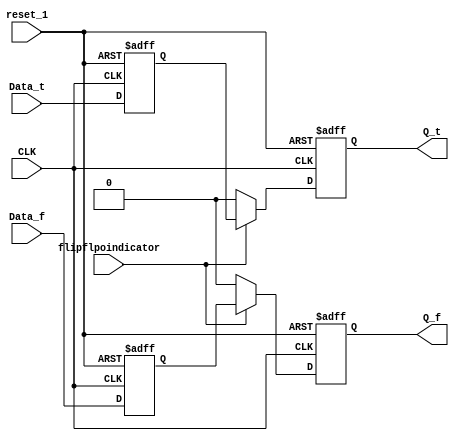
module DFFwithPreCharge(input CLK, input Data_t, input Data_f,input reset_1,input flipflpoindicator, 
output reg Q_t, output reg Q_f );

reg tmp1_t;
reg tmp1_f;
// level 1 DFF. sampling the data
always@(posedge CLK,posedge reset_1) begin
    if (reset_1==1'b1) begin
        tmp1_t<=1'b0;
        tmp1_f<=1'b1;

end else begin
        tmp1_t<=Data_t;
        tmp1_f<=Data_f;
end
end
// level 2 DFF. sampling the right data or creating the precharge wave depending on the control line - "flipflpoindicator"
always@(posedge CLK,posedge reset_1) begin
       if (reset_1==1'b1) begin
        Q_t<=1'b0;
        Q_f<=1'b1;
        end else begin 
    if (flipflpoindicator) begin
        Q_t<=tmp1_t;
        Q_f<=tmp1_f;
end else begin
        Q_t<=1'b0;
        Q_f<=1'b0;

end
end
end

endmodule